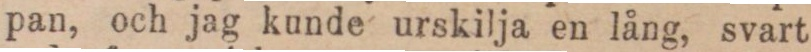
pan, och jag kunde urskilja en lång, svart